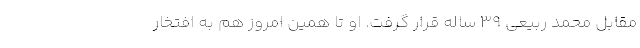
مقابل محمد ربیعی 39‌ ساله قرار گرفت. او تا همین امروز هم به افتخار